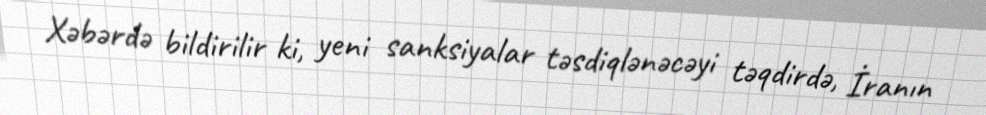
Xəbərdə bildirilir ki, yeni sanksiyalar təsdiqlənəcəyi təqdirdə, İranın